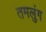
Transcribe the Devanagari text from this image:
तमलुंग